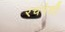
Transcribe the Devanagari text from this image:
रचनेशी